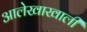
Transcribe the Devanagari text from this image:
आलेखाखाली